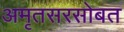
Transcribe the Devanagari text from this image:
अमृतसरसोबत